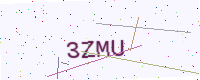
Text: 3ZMU